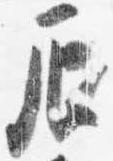
辰